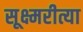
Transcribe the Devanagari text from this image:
सूक्ष्मरीत्या